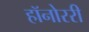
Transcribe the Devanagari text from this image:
हॉनोररी